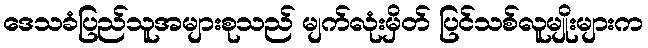
ဒေသခံပြည်သူအများစုသည် မျက်လုံးမှိတ် ပြင်သစ်လူမျိုးများက